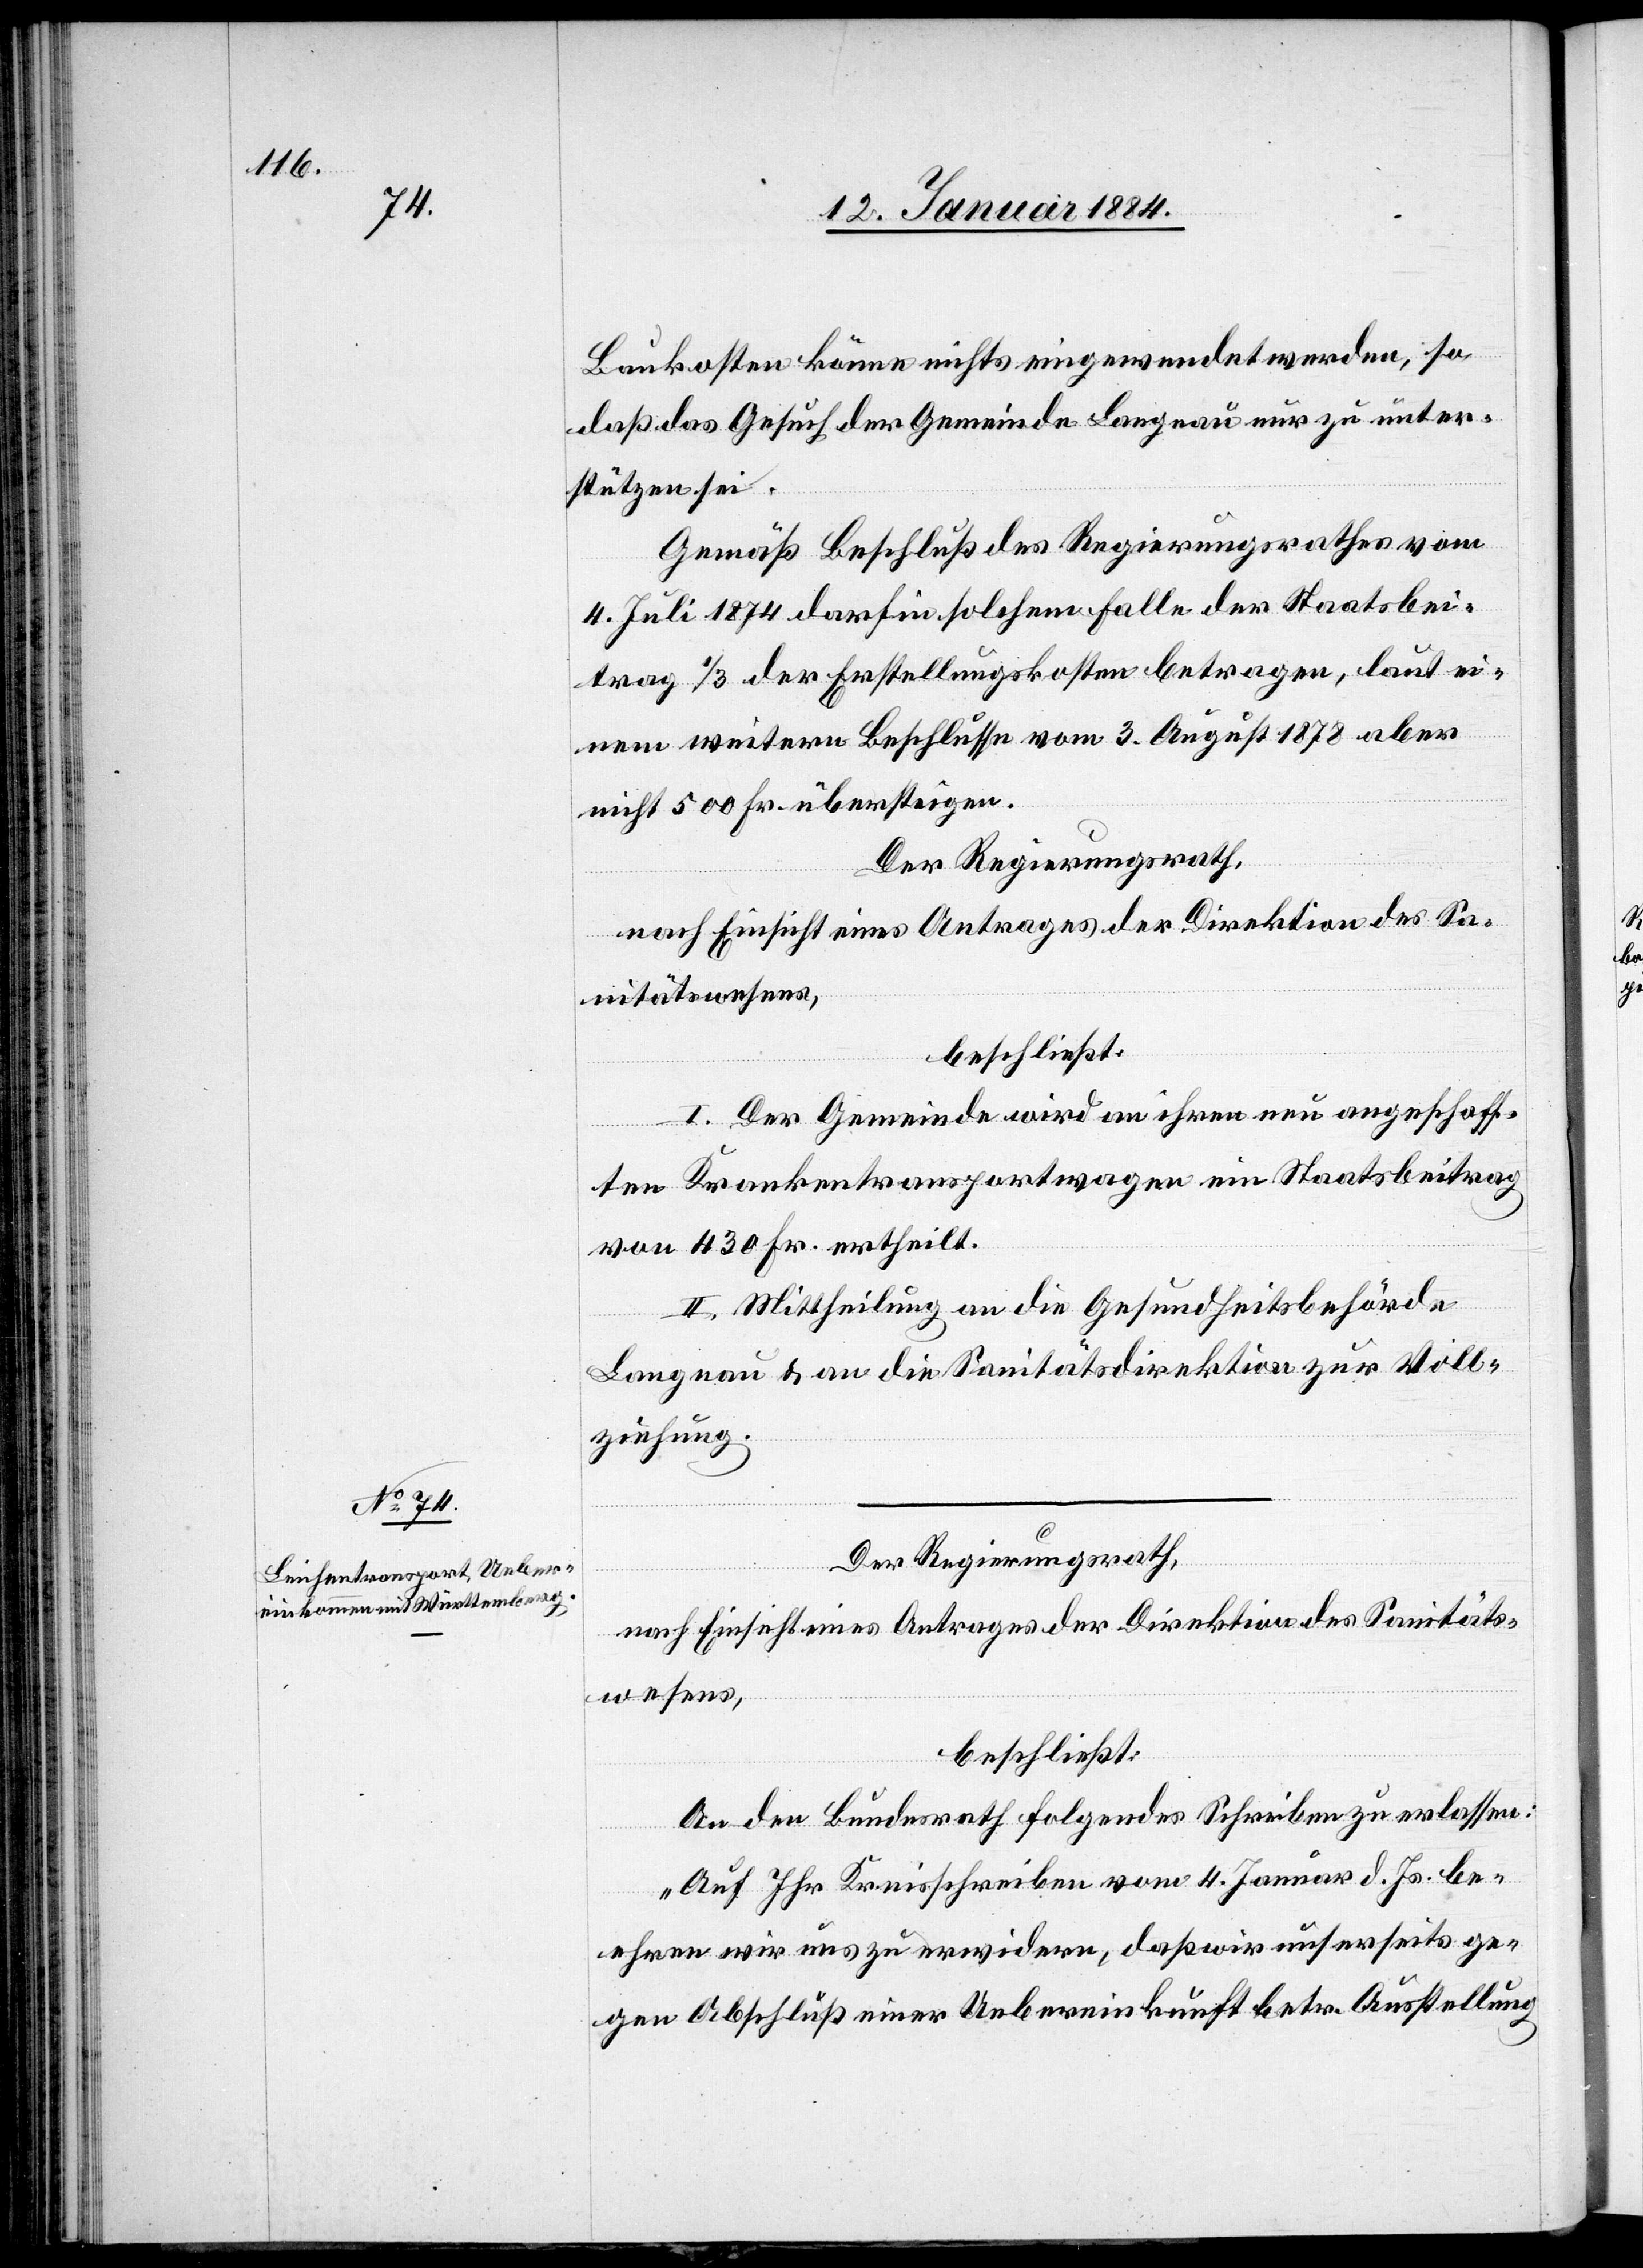
Baukosten könne nichts eingewendet werden, so
daß das Gesuch der Gemeinde Langnau nur zu unter¬
stützen sei.
Gemäß Beschluß des Regierungsrathes vom
4. Juli 1874 darf in solchem Falle der Staatsbei¬
trag 1/3 der Erstellungskosten betragen, laut ei¬
nem weitern Beschlusse vom 3. August 1878 aber
nicht 500 Fr. übersteigen.
Der Regierungsrath,
nach Einsicht eines Antrages der Direktion des Sa¬
nitätswesens,
beschließt:
I. Der Gemeinde wird an ihren neu angeschaff¬
ten Krankentransportwagen ein Staatsbeitrag
von 430 Fr. ertheilt.
II. Mittheilung an die Gesundheitsbehörde
Langnau & an die Sanitätsdirektion zur Voll¬
ziehung.
Der Regierungsrath,
An den Bundesrath folgendes Schreiben zu erlassen:
„Auf Ihr Kreisschreiben vom 4. Januar d. Js. be¬
ehren wir uns zu erwidern, daß wir unserseits ge¬
gen Abschluß einer Uebereinkunft betr. Ausstellung